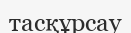
тасқұрсау